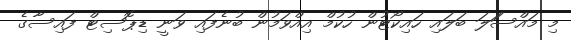
މި މައްސަަލަ ބަލައި ހައިކޯޓުން ހުކުމް އިއްވަމުން ބުނެފައި ވަނީ ޑިޕޮސިޓް ފައިސާގެ